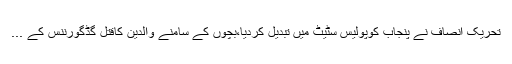
تحریک انصاف نے پنجاب کوپولیس سٹیٹ میں تبدیل کردیا،بچوں کے سامنے والدین کاقتل گڈگورننس کے ...